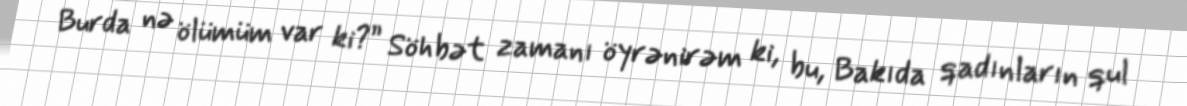
Burda nə ölümüm var ki?” Söhbət zamanı öyrənirəm ki, bu, Bakıda qadınların qul